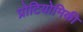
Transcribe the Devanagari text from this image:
प्रोटियोमिकी